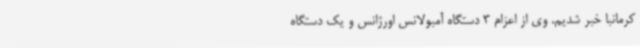
کرمانبا خبر شدیم. وی از اعزام 3 دستگاه آمبولانس اورژانس و یک دستگاه